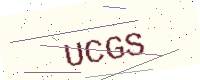
Text: UCGS